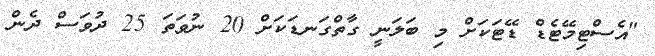
"އެސްޓިމޭޓެޑް ޑޭޓަކަށް މި ބަލަނީ ގާތްގަނޑަކަށް 20 ނުވަތަ 25 ދުވަސް ދެން